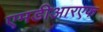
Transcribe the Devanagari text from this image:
एमडीआरएफ